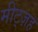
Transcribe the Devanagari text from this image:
मीट्ज़ह